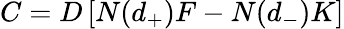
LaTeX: C=D\left[N(d_{+})F-N(d_{-})K\right]